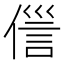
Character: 𬿏